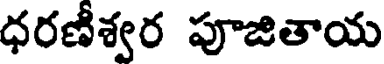
ధరణీశ్వర పూజితాయ